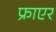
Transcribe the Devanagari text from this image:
फ्राएर